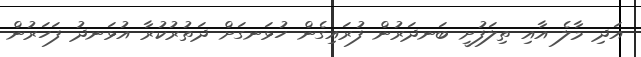
އަދި މާލެ އާއި ތިލަފުށީ ބަނދަރުން ފުރައިގެން ހުޅަނގަށް ދަތުރުކުރާ އުޅަނދު ފަހަރުން